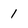
Character: 1